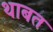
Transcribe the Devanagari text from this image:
थाबत